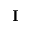
\textbf { I }